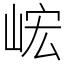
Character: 峵